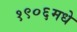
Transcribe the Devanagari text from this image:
१९०६मधे